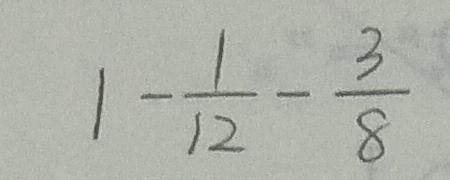
1 - \frac { 1 } { 1 2 } - \frac { 3 } { 8 }